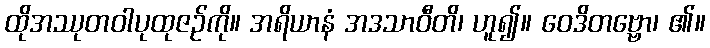
ထိုအဿုတဝါပုထုဇဉ်ကို။ အရိယာနံ အဒသာဝီတိ၊ ဟူ၍။ ဝေဒိတဗ္ဗော၊ ၏။